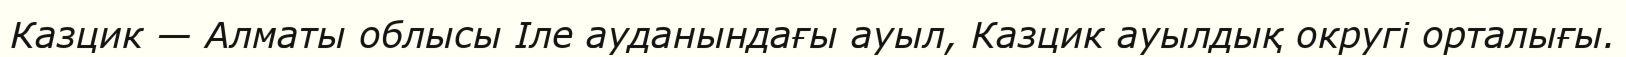
Казцик — Алматы облысы Іле ауданындағы ауыл, Казцик ауылдық округі орталығы.